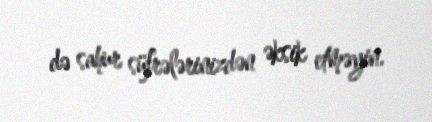
də sahur süfrələrinizdən əksik etməyin.